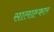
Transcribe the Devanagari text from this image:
सालाह्कार